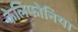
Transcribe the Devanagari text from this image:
केलिफोनिया